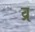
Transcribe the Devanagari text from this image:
व्र